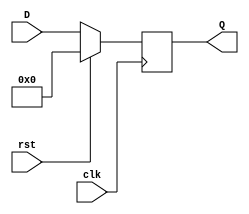
`timescale 1ns / 1ps

// REGISTER
module REG #(parameter DATAWIDTH = 4)(D, Q, clk, rst);
	input      [DATAWIDTH-1:0] D;
	input                      clk, rst;
	output reg [DATAWIDTH-1:0] Q;

	always @(posedge clk) begin
		if (rst == 1) // synchronous reset 
			Q <= 0;
		else
			Q <=D;
	end
endmodule